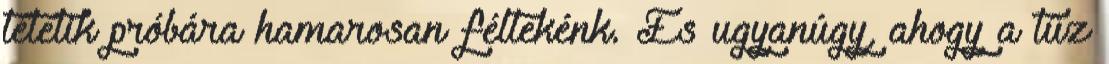
tétetik próbára hamarosan féltekénk. És ugyanúgy, ahogy a tűz